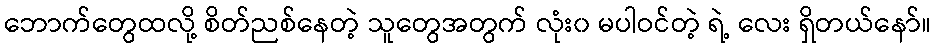
ဘောက်တွေထလို့ စိတ်ညစ်နေတဲ့ သူတွေအတွက် လုံး၀ မပါဝင်တဲ့ ရဲ့ လေး ရှိတယ်နော်။